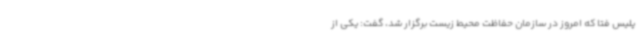
پلیس فتا که امروز در سازمان حفاظت محیط زیست برگزار شد، گفت: یکی از